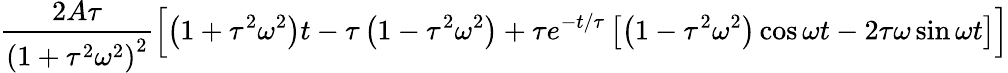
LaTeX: \frac{2A\tau}{\left(1+\tau^{2}\omega^{2}\right)^{2}}\left[\left(1+\tau^{2}\omega^{2}\right)t-\tau\left(1-\tau^{2}\omega^{2}\right)+\tau e^{-t/\tau}\left[\left(1-\tau^{2}\omega^{2}\right)\cos\omega t-2\tau\omega\sin\omega t\right]\right]